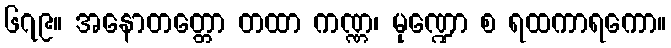
၆၇၉။ အနောတတ္တော တထာ ကဏ္ဏ၊ မုဏ္ဍော စ ရထကာရကော။